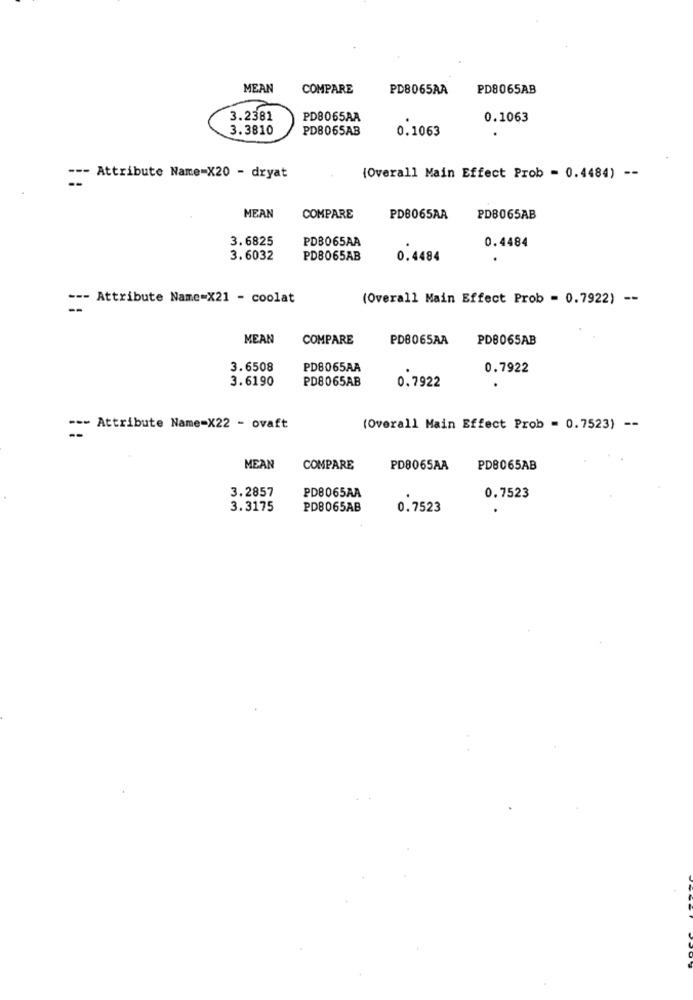
MEAN
COMPARE
PD8065AA
PD8065AB
3.2381
PD8065AA
0.1063
3.3810
PDB065AB
0.1063
--- Attribute Name=X20 - dryat
(Overall Main Effect Prob = 0.4484) --
MEAN
COMPARE
PD8065AA
PD8065AB
3.6825
PDB065AA
0.4484
3.6032
PD8065AB
0.4484
--- Attribute Name=X21 - coolat
(Overall Main Effect Prob = 0.7922) --
--
MEAN
COMPARE
PDB065AA
PD8065AB
3.6508
PD8065AA
0.7922
3.6190
PD8065AB
0.7922
--- Attribute Name=X22 - ovaft
(Overall Main Effect Prob = 0.7523) --
MEAN
COMPARE
PD8065AA
PD8065AB
3.2857
PD8065AA
0.7523
3.3175
PD8065AB
0.7523